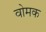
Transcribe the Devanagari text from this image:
वोमक